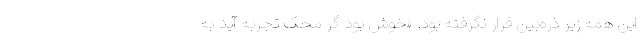
این همه زیر ذره‌بین قرار نگرفته بود. «خوش بود گر محک تجربه آید به